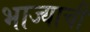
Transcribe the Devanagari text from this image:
भाज्याची